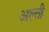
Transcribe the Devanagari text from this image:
अल्ती